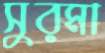
সুরমা